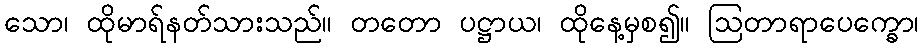
သော၊ ထိုမာရ်နတ်သားသည်။ တတော ပဋ္ဌာယ၊ ထိုနေ့မှစ၍။ ဩတာရာပေက္ခော၊